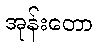
အုန်းတော